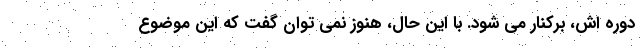
دوره اش، برکنار می شود. با این حال، هنوز نمی توان گفت که این موضوع